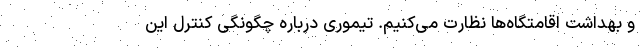
و بهداشت اقامتگاه‌ها نظارت می‌کنیم. تیموری درباره چگونگی کنترل این